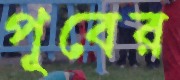
পূবের